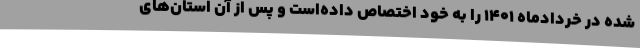
شده در خردادماه ۱۴۰۱ را به خود اختصاص داده‌است و پس از آن استان‌های